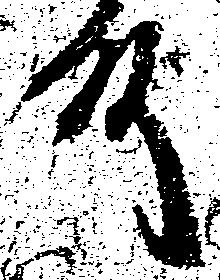
殿